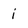
Character: i